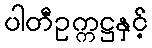
ပါတီဥက္ကဋ္ဌနှင့်